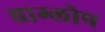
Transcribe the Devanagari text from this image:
वाग्लोप